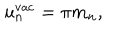
u _ { n } ^ { \mathrm { v a c } } = \pi m _ { n } ,